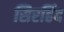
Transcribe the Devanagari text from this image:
सिरहिंद